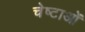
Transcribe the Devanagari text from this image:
चेष्‍टाओं